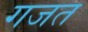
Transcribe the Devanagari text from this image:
गजत